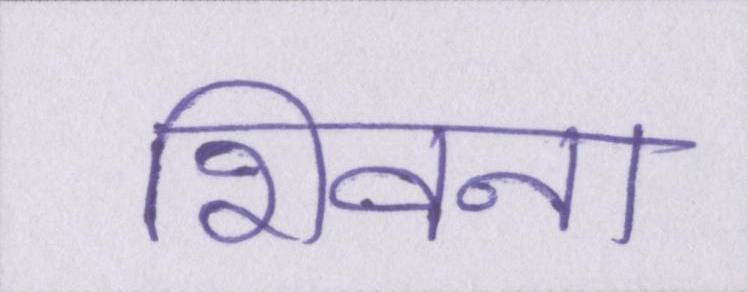
शिवना